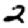
Digit: 2